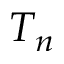
T _ { n }